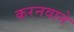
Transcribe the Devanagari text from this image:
करनवाने